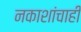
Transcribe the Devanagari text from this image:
नकाशांचाही